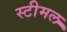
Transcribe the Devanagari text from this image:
स्टीमल